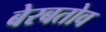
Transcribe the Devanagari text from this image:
बेरबतोव